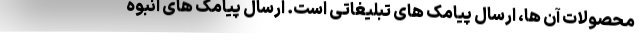
محصولات آن ها، ارسال پیامک های تبلیغاتی است. ارسال پیامک های انبوه